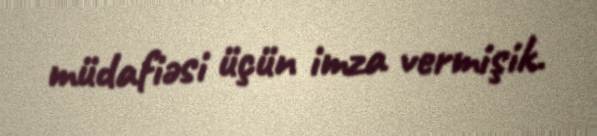
müdafiəsi üçün imza vermişik.